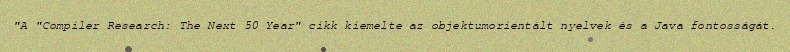
"A "Compiler Research: The Next 50 Year" cikk kiemelte az objektumorientált nyelvek és a Java fontosságát.